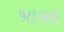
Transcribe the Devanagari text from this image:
१८६४ला